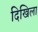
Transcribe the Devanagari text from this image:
दिखिला